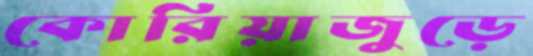
কোরিয়াজুড়ে